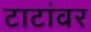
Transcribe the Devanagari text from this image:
टाटांवर